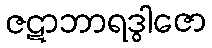
ဇဋာဘာရဒွါဇော